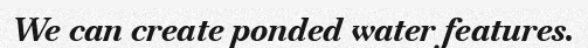
We can create ponded water features.